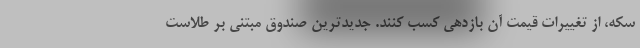
سکه، از تغییرات قیمت آن بازدهی کسب کنند. جدیدترین صندوق مبتنی بر طلاست